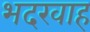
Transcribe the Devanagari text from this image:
भदरवाह